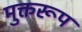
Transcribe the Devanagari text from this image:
मुक्तरूप